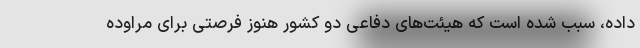
داده، سبب شده است که هیئت‌های دفاعی دو کشور هنوز فرصتی برای مراوده